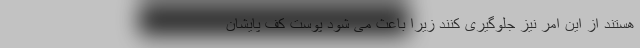
هستند از این امر نیز جلوگیری کنند زیرا باعث می شود پوست کف پایشان